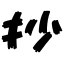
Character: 抄